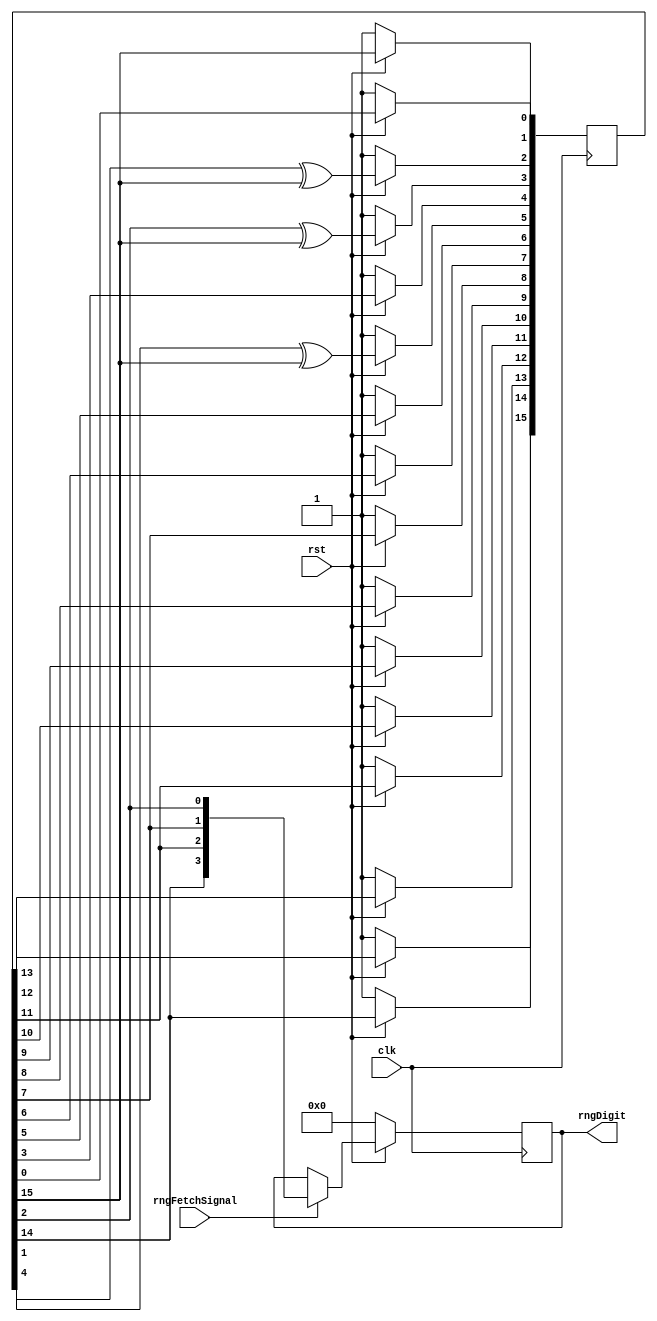
module rngLFSR(rst, clk, rngDigit, rngFetchSignal);
	input rngFetchSignal, rst, clk;
	output [3:0] rngDigit;

	reg [15:0] rngInternal;
	reg [3:0] rngDigit;
	wire feedback = rngInternal[15];
	
	always@(posedge clk) begin
		if(rst==0) begin
			rngDigit<=4'b0000;
			rngInternal<=16'b1111111111111111;
		end
		else begin
			rngInternal[0]<=feedback;
			rngInternal[1]<=rngInternal[0];
			rngInternal[2]<=rngInternal[1] ^ feedback;
			rngInternal[3]<=rngInternal[2] ^ feedback;
			rngInternal[4]<=rngInternal[3];
			rngInternal[5]<=rngInternal[4] ^ feedback;			
			rngInternal[6]<=rngInternal[5];
			rngInternal[7]<=rngInternal[6];
			rngInternal[8]<=rngInternal[7];
			rngInternal[9]<=rngInternal[8];
			rngInternal[10]<=rngInternal[9];
			rngInternal[11]<=rngInternal[10];
			rngInternal[12]<=rngInternal[11];
			rngInternal[13]<=rngInternal[12];
			rngInternal[14]<=rngInternal[13];
			rngInternal[15]<=rngInternal[14];
			if(rngFetchSignal==1) begin
				rngDigit<={rngInternal[14], rngInternal[11], rngInternal[7], rngInternal[2]};
			end
		end
	end
endmodule